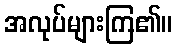
အလုပ်များကြ၏။